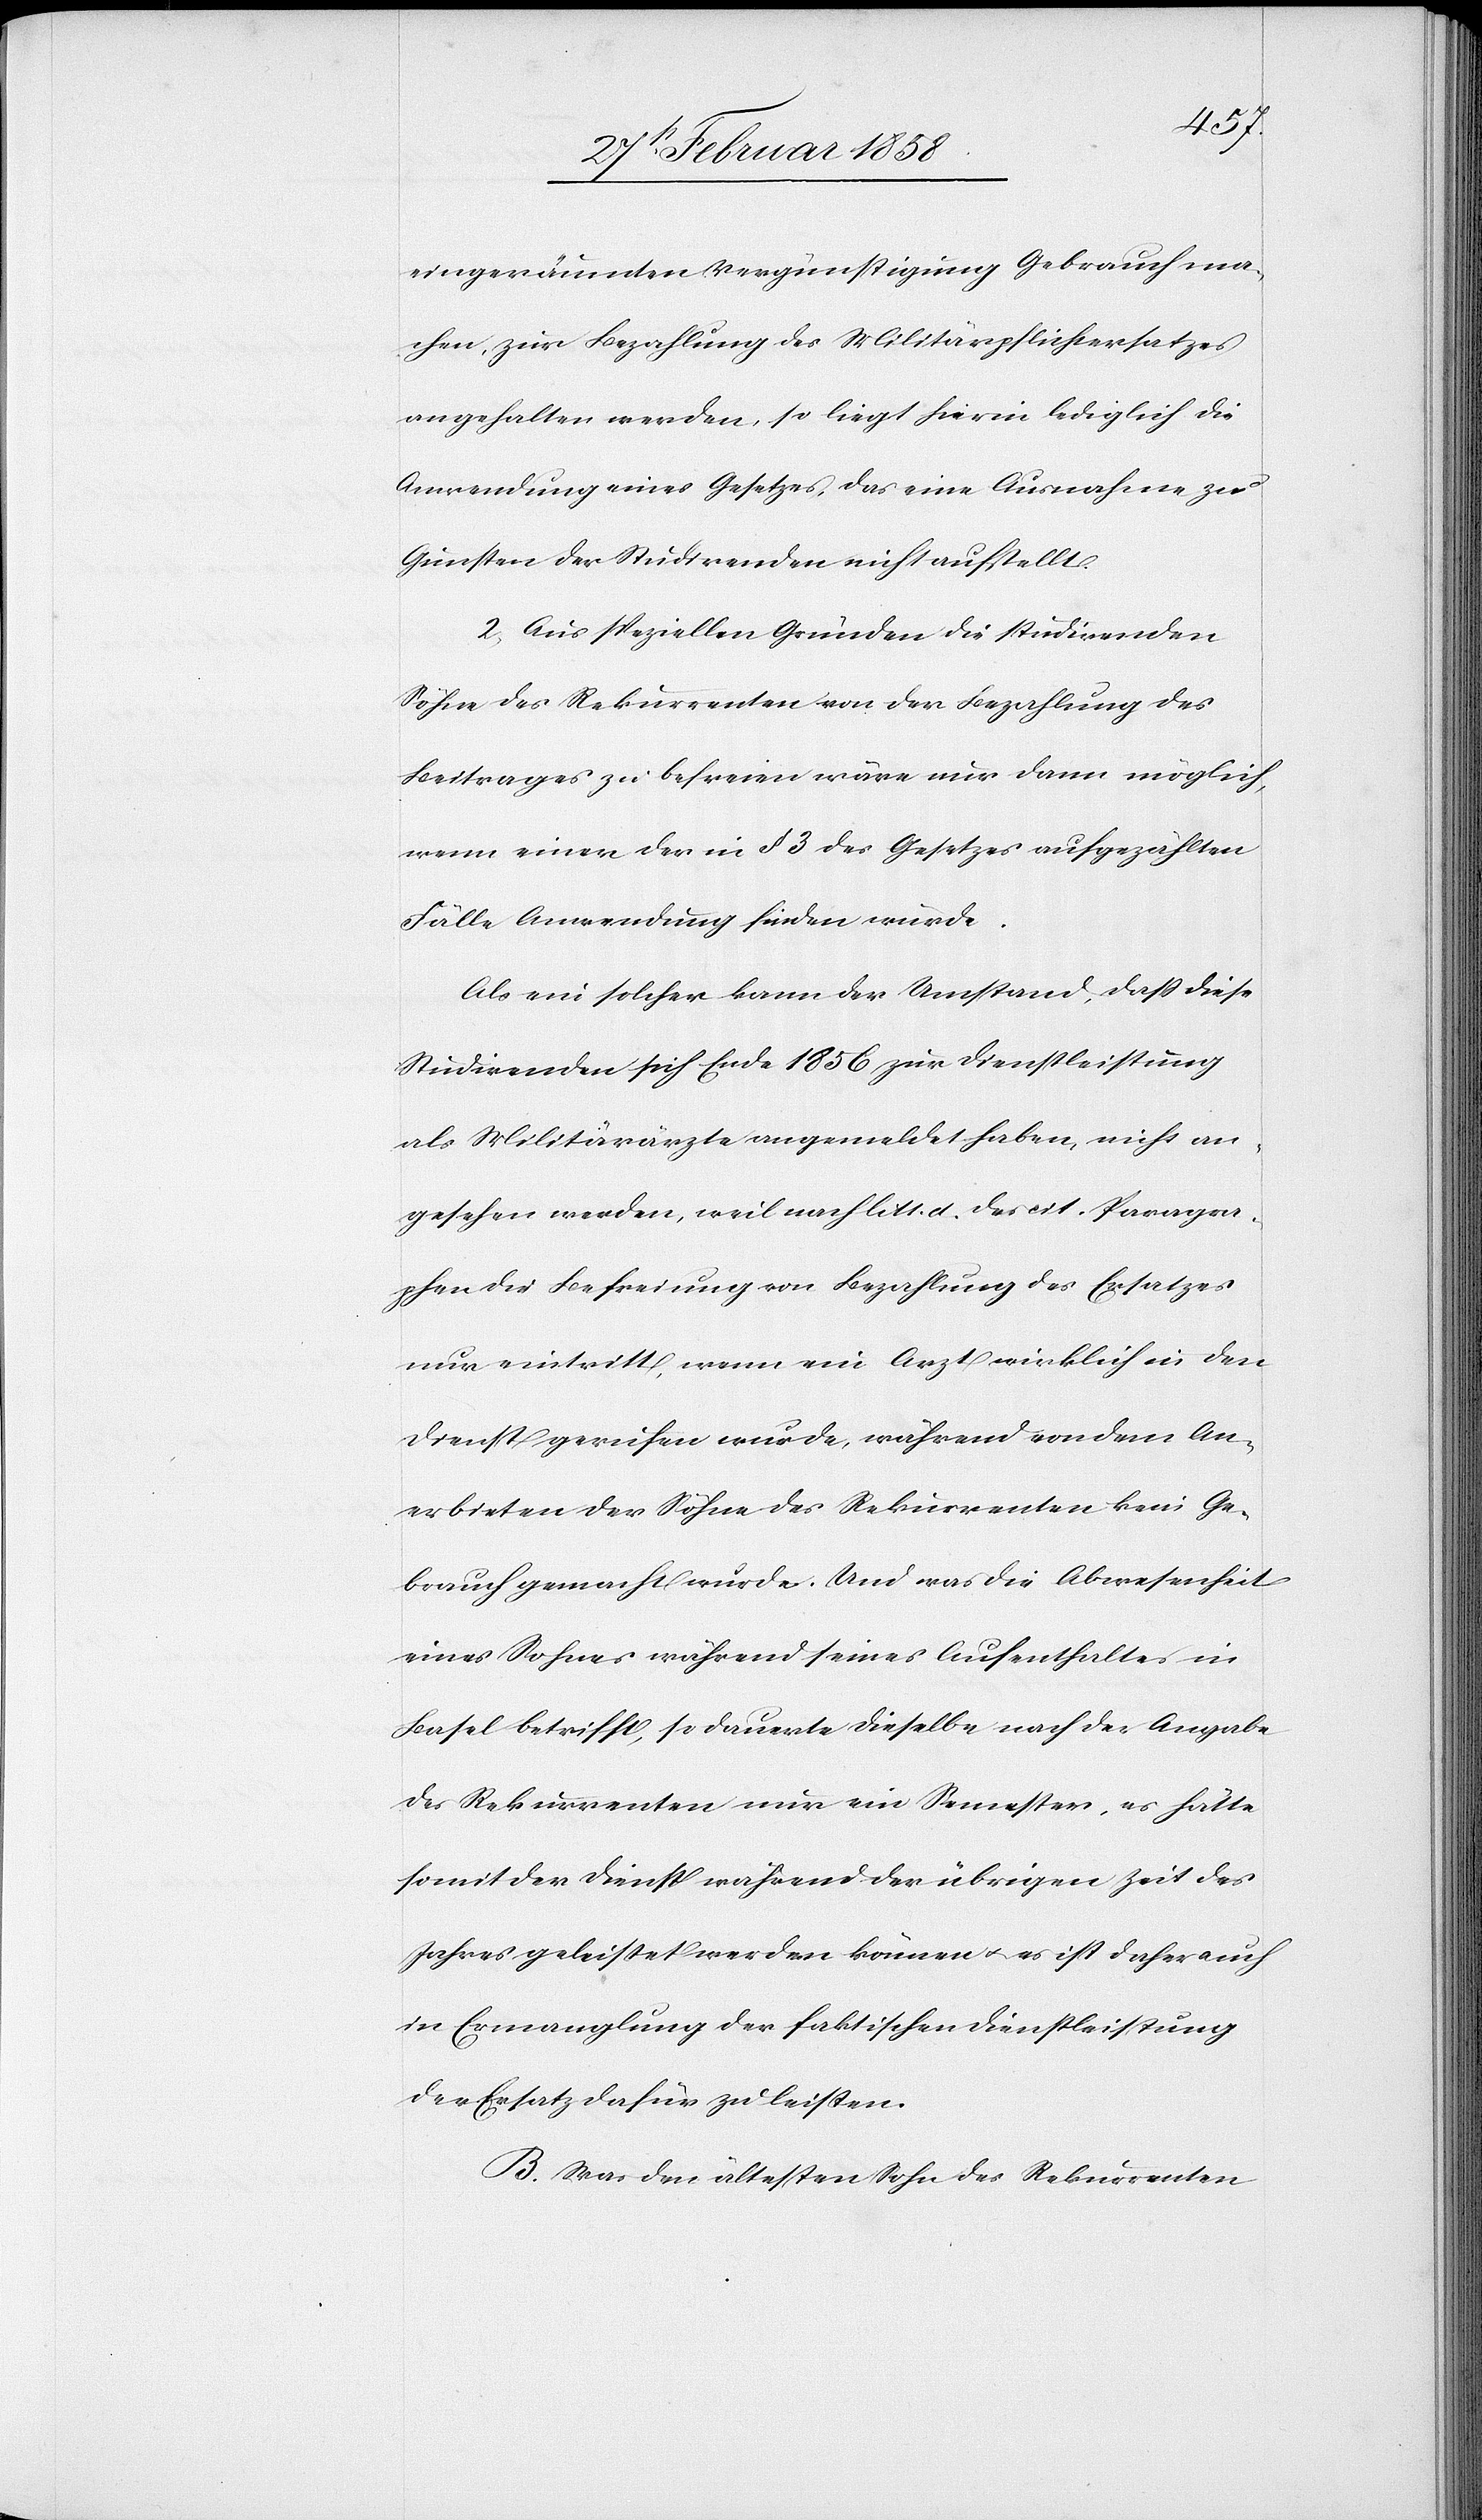
eingeräumten Vergünstigung Gebrauch ma¬
chen, zur Bezahlung des Militärpflichtersatzes
angehalten werden, so liegt hierin lediglich die
Anwendung eines Gesetzes, das eine Ausnahme zu
Gunsten der Studirenden nicht aufstellt.
2. Aus speziellen Gründen die studirenden
Söhne des Rekurrenten der Bezahlung des
Beitrages zu befreien wäre nur dann möglich,
wenn einer der in § 3 des Gesetzes aufgezählten
Fälle Anwendung finden würde.
Als ein solcher kann der Umstand, daß diese
Studirenden sich Ende 1856 zur Dienstleistung
als Militärärzte angemeldet haben, nicht an¬
gesehen werden, weil nach litt. d. des cit. Paragra¬
phen die Befreiung von Bezahlung des Ersatzes
nur eintritt, wenn ein Arzt wirklich in den
Dienst gerufen wurde, während von den An¬
erbieten der Söhne des Rekurrenten kein Ge¬
brauch gemacht wurde. Und was die Abwesenheit
eines Sohnes während seines Aufenthalte in
Basel betrifft, so dauerte dieselbe nach der Angabe
des Rekurrenten nur ein Semester, es hätte
somit der Dienst während der übrigen Zeit des
Jahres geleistet werden können u. es ist daher auch
in Ermanglung der faktischen Dienstleistung
der Ersatz dafür zu leisten.
B. Was den ältesten Sohn des Rekurrenten